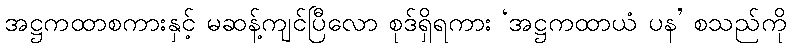
အဋ္ဌကထာစကားနှင့် မဆန့်ကျင်ပြီလော စုဒ်ရှိရကား ‘အဋ္ဌကထာယံ ပန’ စသည်ကို